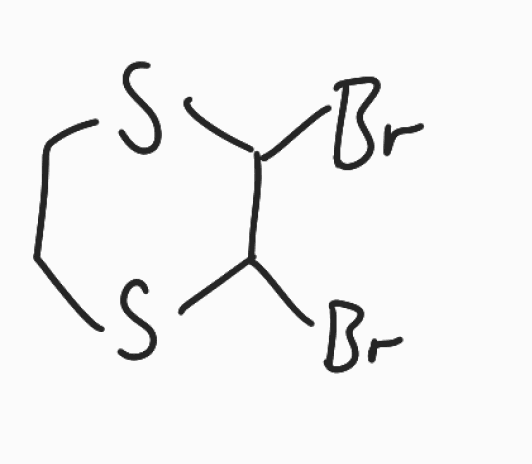
Simplified molecular-input line-entry system (SMILES) notation of the given molecule:
C1CSC(C(S1)Br)Br